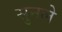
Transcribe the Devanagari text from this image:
सुनले